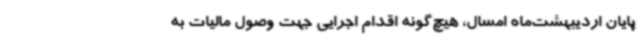
پایان اردیبهشت‌ماه امسال، هیچ‌گونه اقدام اجرایی جهت وصول مالیات به